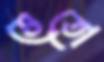
ভেতো